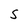
Character: S